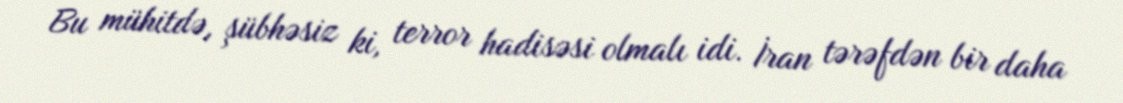
Bu mühitdə, şübhəsiz ki, terror hadisəsi olmalı idi. İran tərəfdən bir daha